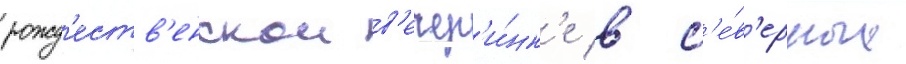
рожд'еств'енскои в'ечер'и́нк'е в с'е́в'ерных